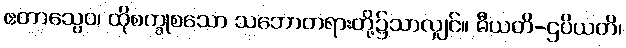
ဧတာသွေဝ၊ ထိုစက္ခုစသော သဘောတရားတို့၌သာလျှင်။ ဓီယတိ-ဌပိယတိ၊